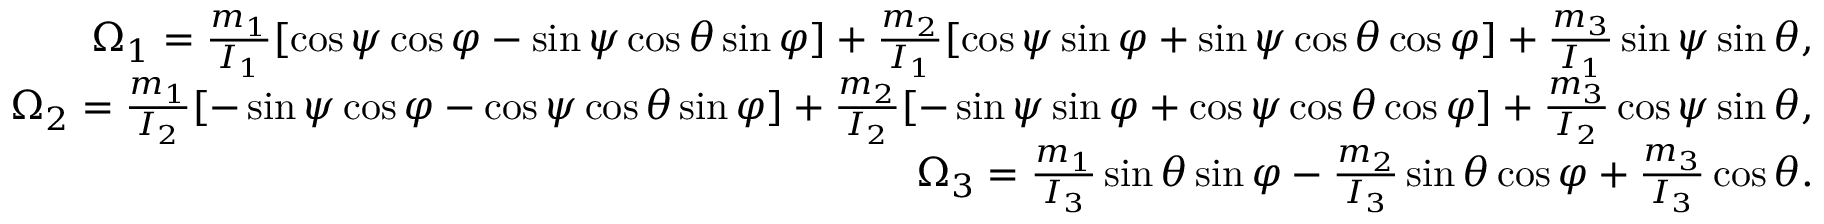
\begin{array} { r } { \Omega _ { 1 } = \frac { m _ { 1 } } { I _ { 1 } } [ \cos \psi \cos \varphi - \sin \psi \cos \theta \sin \varphi ] + \frac { m _ { 2 } } { I _ { 1 } } [ \cos \psi \sin \varphi + \sin \psi \cos \theta \cos \varphi ] + \frac { m _ { 3 } } { I _ { 1 } } \sin \psi \sin \theta , } \\ { \Omega _ { 2 } = \frac { m _ { 1 } } { I _ { 2 } } [ - \sin \psi \cos \varphi - \cos \psi \cos \theta \sin \varphi ] + \frac { m _ { 2 } } { I _ { 2 } } [ - \sin \psi \sin \varphi + \cos \psi \cos \theta \cos \varphi ] + \frac { m _ { 3 } } { I _ { 2 } } \cos \psi \sin \theta , } \\ { \Omega _ { 3 } = \frac { m _ { 1 } } { I _ { 3 } } \sin \theta \sin \varphi - \frac { m _ { 2 } } { I _ { 3 } } \sin \theta \cos \varphi + \frac { m _ { 3 } } { I _ { 3 } } \cos \theta . } \end{array}